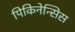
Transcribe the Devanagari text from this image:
पिकिनेन्सिस